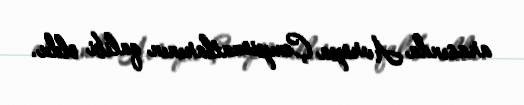
arasında Avropa Çempionatlarının qalibi oldu.